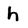
Character: h